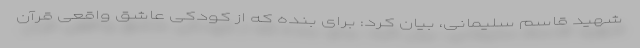
شهید قاسم سلیمانی، بیان کرد: برای بنده که از کودکی عاشق واقعی قرآن